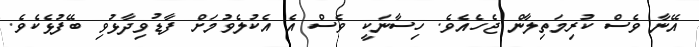
އޭނާ ވެސް ކުރިމަތިލާން ޖެހެއެވެ. ހިސާނަކީ ވެސް އެ އެކުލެވުމަށް ފާޑުވިދާޅުވި ބޭފުޅެކެވެ.